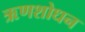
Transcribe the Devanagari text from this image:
ऋणशोधन